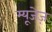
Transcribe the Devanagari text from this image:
म्यूजेज़